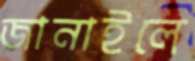
জানাইলে